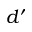
d ^ { \prime }